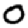
Digit: 0